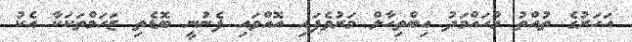
އަހަރުގެ ތުއްތު މުހައްމަދު އިބްތިހާލް މަރުވެފައި އޮއްވައި ފެނުނީ ބޮޑެތި ޒަހަމްތަކަކާ އެކު